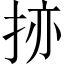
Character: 𫼬